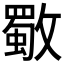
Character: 𣀈